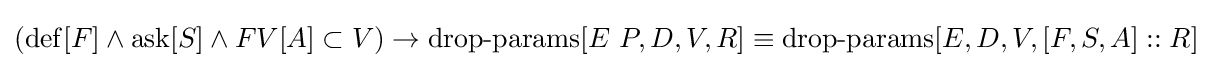
(\operatorname {def} [F]\land \operatorname {ask} [S]\land FV[A]\subset V)\to \operatorname {drop-params} [E\ P,D,V,R]\equiv \operatorname {drop-params} [E,D,V,[F,S,A]::R]